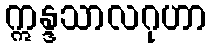
ဣန္ဒသာလဂုဟာ